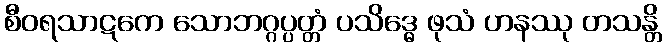
စီဝရသာဋကေ သောဘဂ္ဂပ္ပတ္တံ ပသိဒ္ဓေ ဖုသံ ဟနဿု တသန္တိ